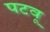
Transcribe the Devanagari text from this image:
पटवू